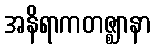
အနိရာကတဇ္ဈာနာ